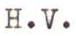
H.V.